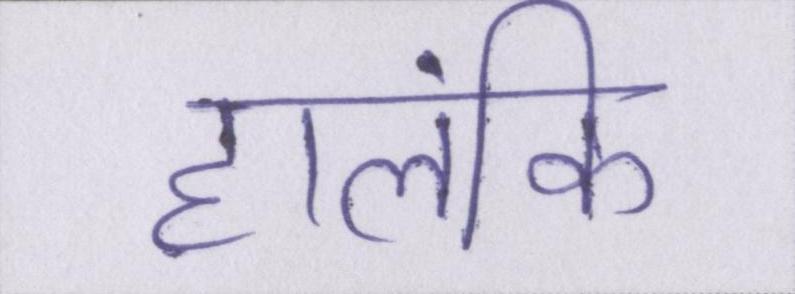
हालंकि